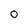
Character: O